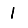
Digit: 1